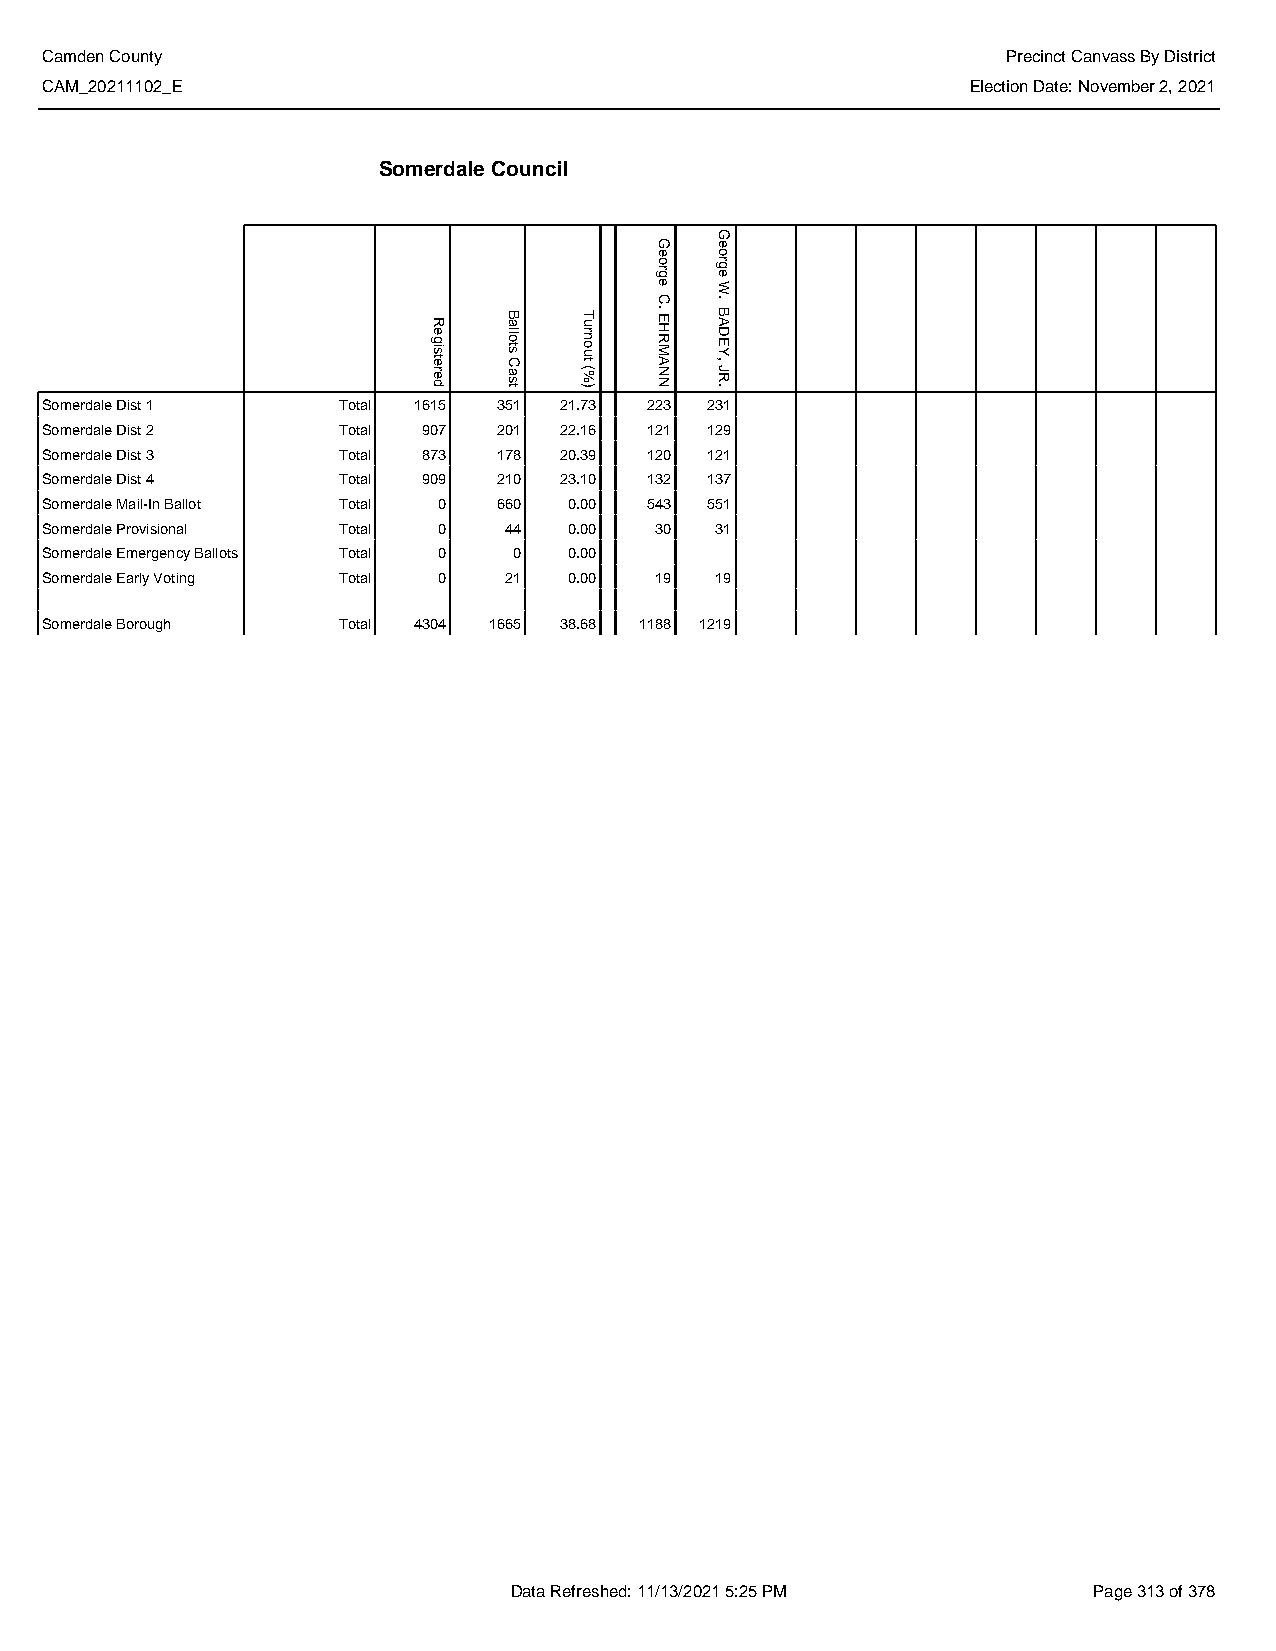
Camden County                                                   Precinct Canvass By District
 CAM_20211102_E                                               Election Date: November 2, 2021
 Somerdale Council
 Somerdale Dist 1   Total 1615 351 21.73 223 231
 Somerdale Dist 2   Total 907  201 22.16 121 129
 Somerdale Dist 3   Total 873  178 20.39 120 121
 Somerdale Dist 4   Total 909  210 23.10 132 137
 Somerdale Mail-In Ballot Total 0 660 0.00 543 551
 Somerdale Provisional Total 0 44   0.00 30  31
 Somerdale Emergency Ballots Total 0 0 0.00
 Somerdale Early Voting Total 0 21  0.00 19  19
 Somerdale Borough  Total 4304 1665 38.68 1188 1219
 Data Refreshed: 11/13/2021 5:25 PM    Page 313 of 378
 Registered Ballots
 Cast
 Turnout
 (%)
 George
 C.
 EHRMANN
 George
 W.
 BADEY,
 JR.